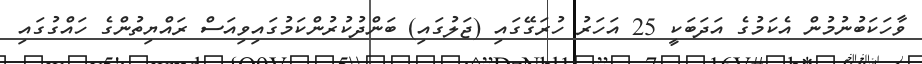
ވާހަކަބުނުމުން އެކަމުގެ އަދަބަކީ 25 އަހަރު ހުރަގޭގައި (ޖަލުގައި) ބަންދުކުރުންކަމުގައިވިއަސް ރައްޔިތުންގެ ހައްގުގައި